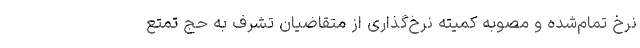
نرخ تمام‌شده و مصوبه کمیته نرخ‌گذاری از متقاضیان تشرف به حج تمتع